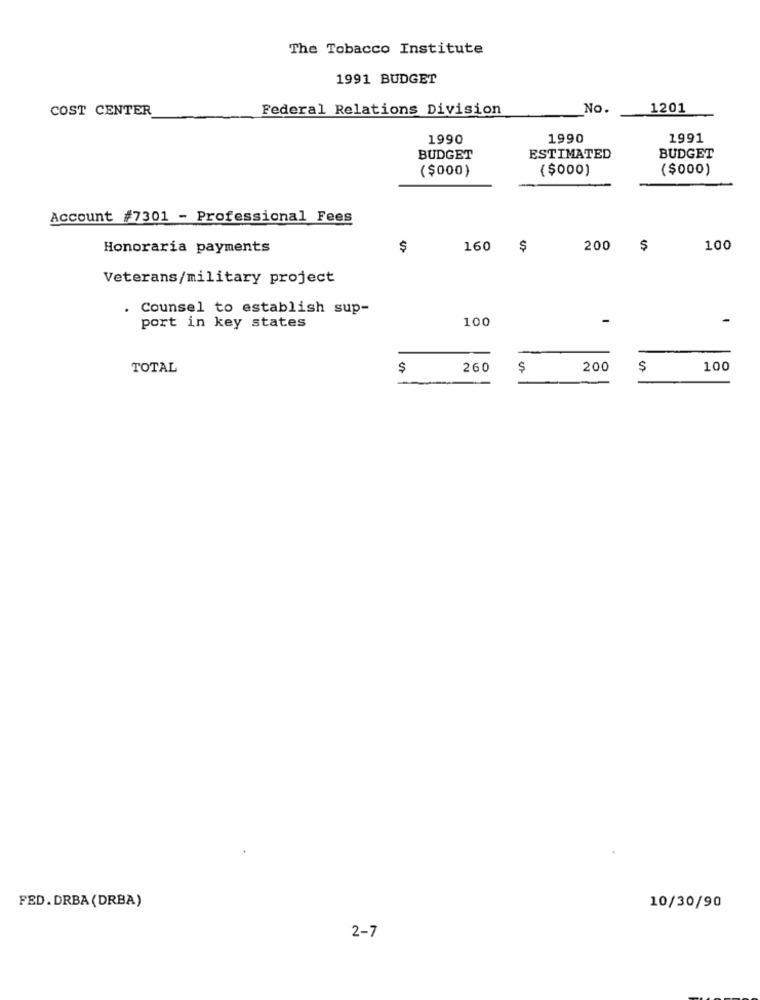
The Tobacco Institute
1991 BUDGET
COST CENTER
Federal Relations Division
No.
1201
1990
1990
1991
BUDGET
ESTIMATED
BUDGET
($000)
($000)
($000)
Account #7301 - Professional Fees
Honoraria payments
$
160
$
200
100
Veterans/military project
. Counsel to establish sup-
100
port in key states
TOTAL
$
260
$
200
$
100
FED. DRBA (DRBA)
10/30/90
2-7